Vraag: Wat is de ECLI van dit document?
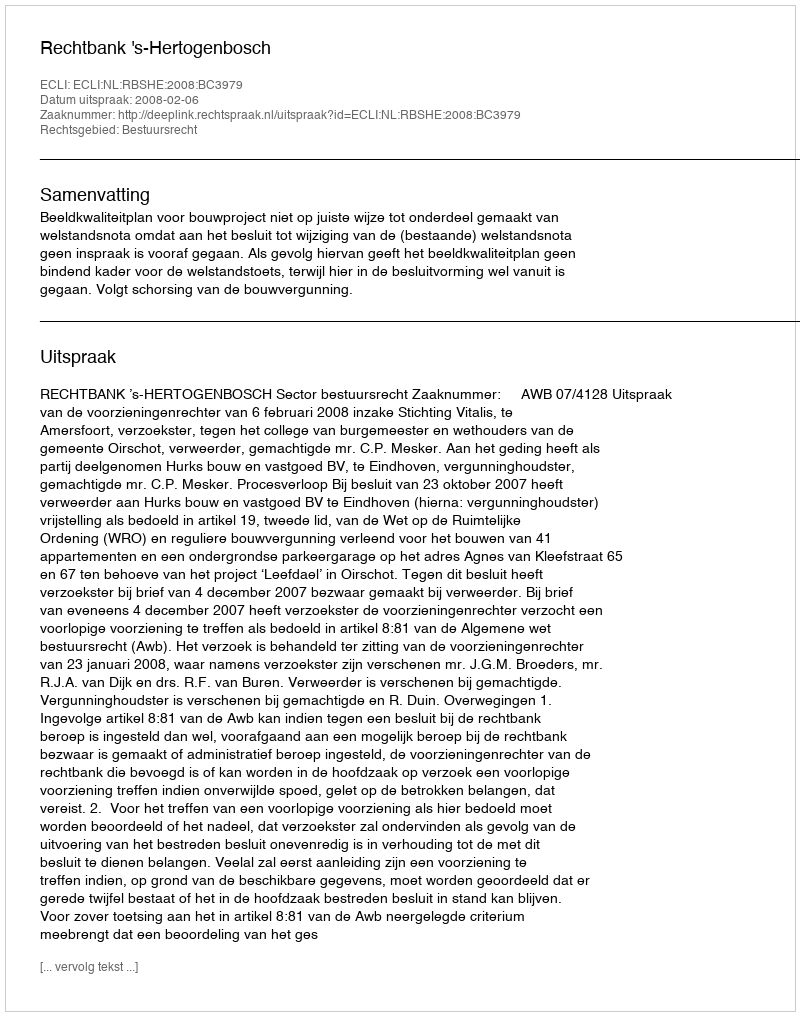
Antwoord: ECLI:NL:RBSHE:2008:BC3979